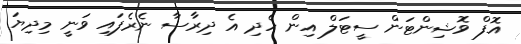
އޮފް ވޮޝިންޓަން ސީޓަލް އިން ހެދި އެ ދިރާސާ ނެރެފައި ވަނީ މިދިޔަ